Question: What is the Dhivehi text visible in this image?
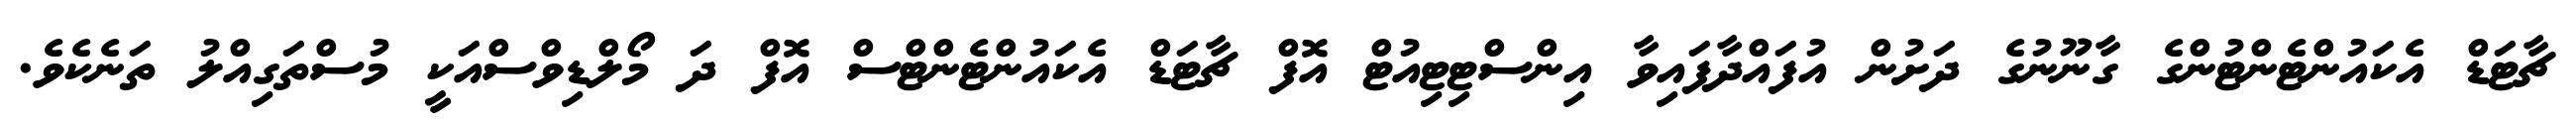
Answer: ޗާޓަޑް އެކައުންޓެންޓުންގެ ގާނޫނުގެ ދަށުން އުފައްދާފައިވާ އިންސްޓިޓިއުޓް އޮފް ޗާޓަޑް އެކައުންޓެންޓްސް އޮފް ދަ މޯލްޑިވްސްއަކީ މުސްތަގިއްލު ތަނެކެވެ.